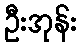
ဦးအုန်း